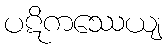
ပဋိကဿေယျ